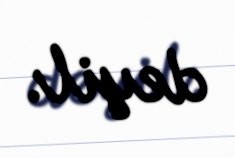
deyil.